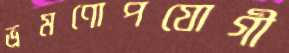
ভ্রমণোপযোগী